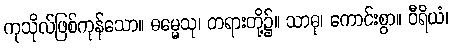
ကုသိုလ်ဖြစ်ကုန်သော။ ဓမ္မေသု၊ တရားတို့၌။ သာဓု၊ ကောင်းစွာ။ ဝီရိယံ၊